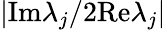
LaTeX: |\textrm{Im}\lambda_{j}/2\textrm{Re}\lambda_{j}|